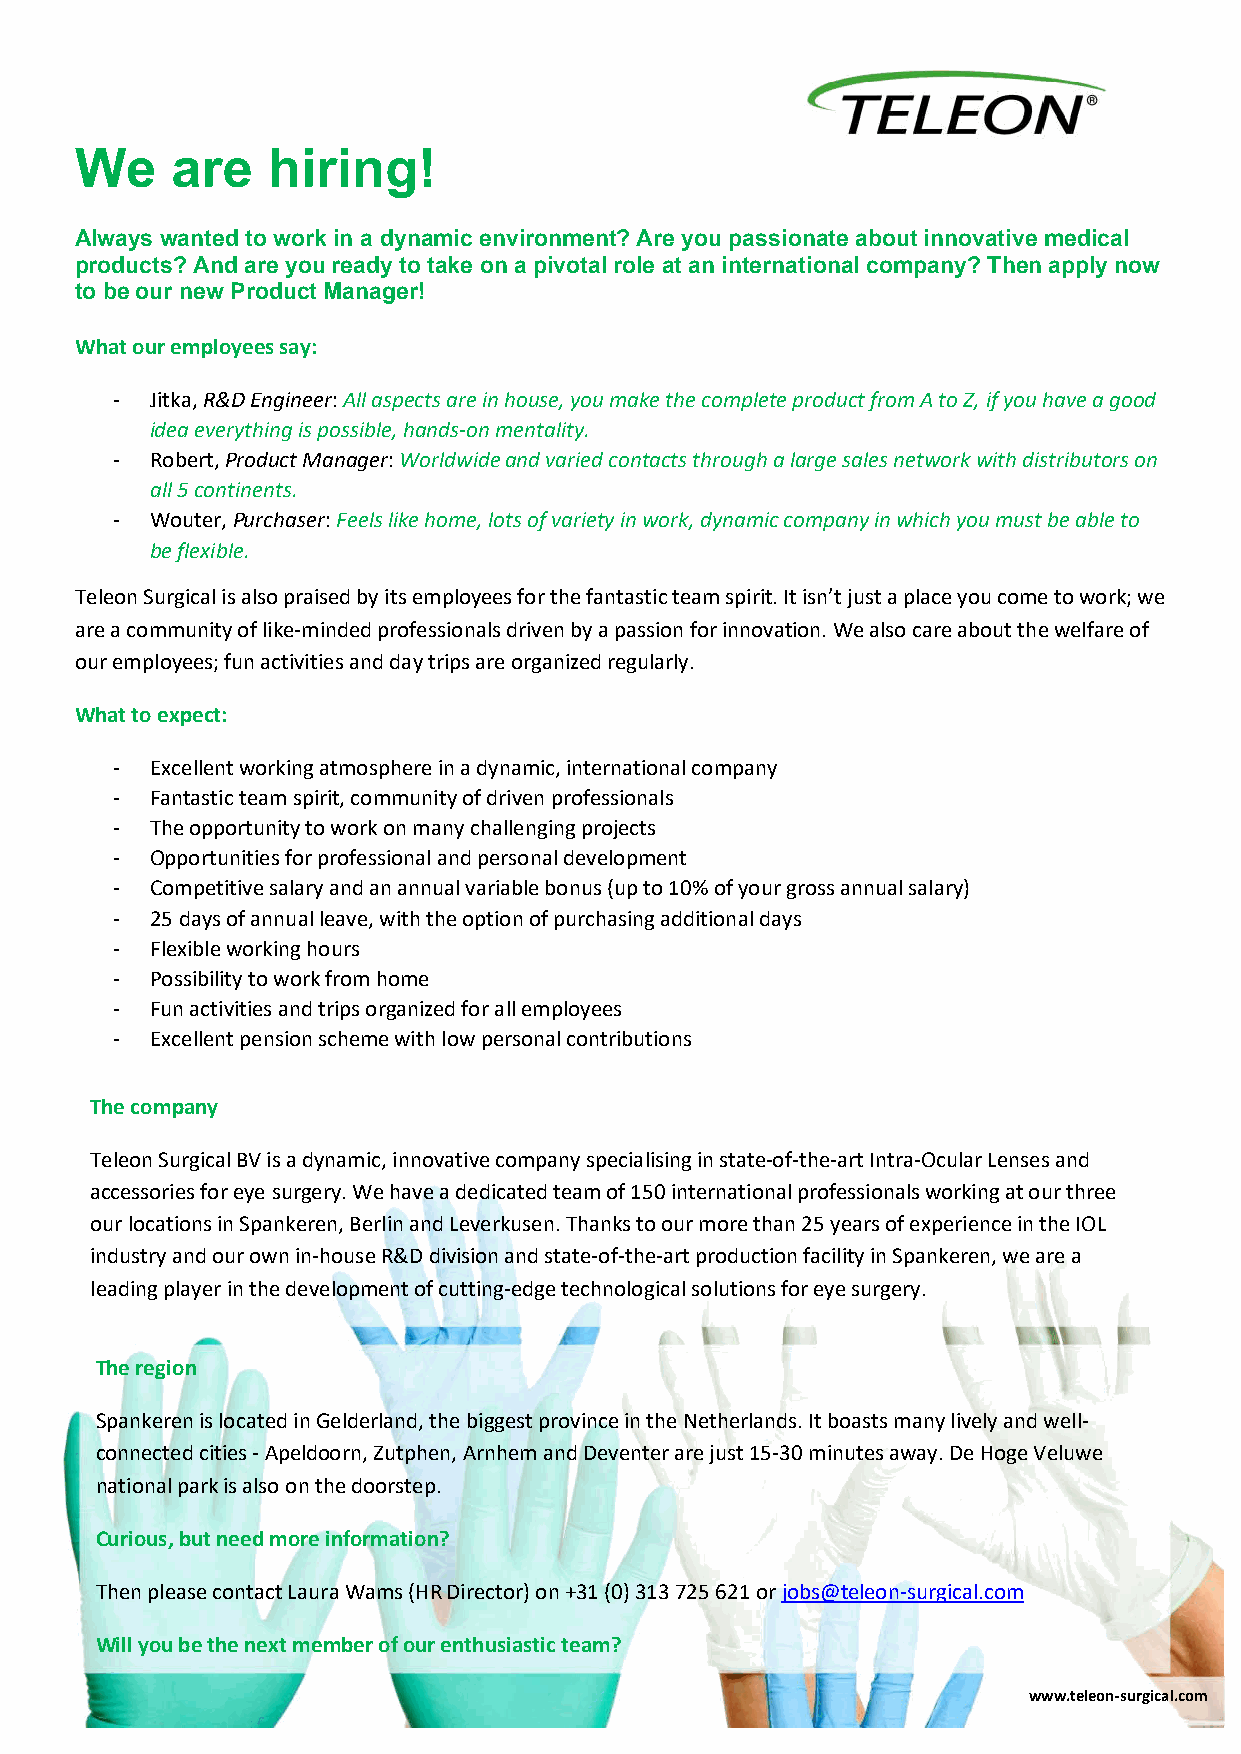
We    are    hiring!
 Always wanted to work in a dynamic environment? Are you passionate about innovative medical
 products? And are you ready to take on a pivotal role at an international company? Then apply now
 to be our new Product Manager!
 What our employees say:
 -  Jitka, R&D Engineer: All aspects are in house, you make the complete product from A to Z, if you have a good
 idea everything is possible, hands-on mentality.
 -  Robert, Product Manager: Worldwide and varied contacts through a large sales network with distributors on
 all 5 continents.
 -  Wouter, Purchaser: Feels like home, lots of variety in work, dynamic company in which you must be able to
 be flexible.
 Teleon Surgical is also praised by its employees for the fantastic team spirit. It isn’t just a place you come to work; we
 are a community of like-minded professionals driven by a passion for innovation. We also care about the welfare of
 our employees; fun activities and day trips are organized regularly.
 What to expect:
 -  Excellent working atmosphere in a dynamic, international company
 -  Fantastic team spirit, community of driven professionals
 -  The opportunity to work on many challenging projects
 -  Opportunities for professional and personal development
 -  Competitive salary and an annual variable bonus (up to 10% of your gross annual salary)
 -  25 days of annual leave, with the option of purchasing additional days
 -  Flexible working hours
 -  Possibility to work from home
 -  Fun activities and trips organized for all employees
 -  Excellent pension scheme with low personal contributions
 The company
 Teleon Surgical BV is a dynamic, innovative company specialising in state-of-the-art Intra-Ocular Lenses and
 accessories for eye surgery. We have a dedicated team of 150 international professionals working at our three
 our locations in Spankeren, Berlin and Leverkusen. Thanks to our more than 25 years of experience in the IOL
 industry and our own in-house R&D division and state-of-the-art production facility in Spankeren, we are a
 leading player in the development of cutting-edge technological solutions for eye surgery.
 The region
 Spankeren is located in Gelderland, the biggest province in the Netherlands. It boasts many lively and well-
 connected cities - Apeldoorn, Zutphen, Arnhem and Deventer are just 15-30 minutes away. De Hoge Veluwe
 national park is also on the doorstep.
 Curious, but need more information?
 Then please contact Laura Wams (HR Director) on +31 (0) 313 725 621 or jobs@teleon-surgical.com
 Will you be the next member of our enthusiastic team?
 www.teleon-surgical.com